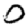
Digit: 0